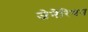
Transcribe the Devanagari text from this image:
जेनेरियन